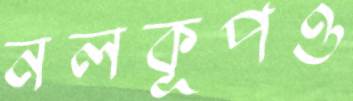
নলকূপও